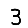
Digit: 3